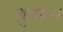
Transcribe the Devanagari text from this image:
श्रुतग्रंथ